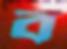
ব